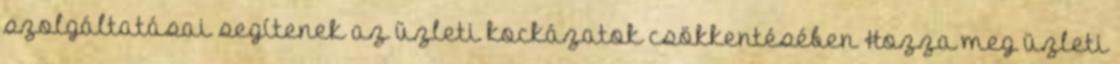
szolgáltatásai segítenek az üzleti kockázatok csökkentésében Hozza meg üzleti